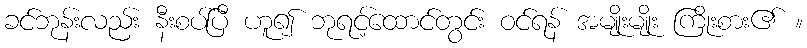
ခင်ဘုန်းလည်း နီးစပ်ပြီ ဟူ၍ ဘုရင့်ထောင်တွင်း ဝင်ရန် အမျိုးမျိုး ကြိုးစား၏ ။